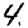
Digit: 4